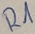
Text: R1